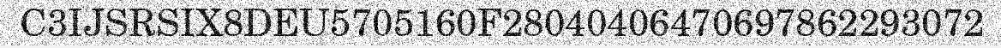
C3IJSRSIX8DEU5705160F28040406470697862293072